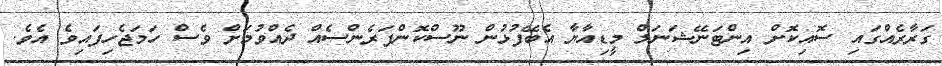
ގަރާރެއްގައި ސޮއިކޮށް އިންޓަނޭޝަނަލް މީޑިއާޔާ އެބޭފުޅުން ނޫސްކޮންފަރެންސެއް ދެއްވުމަށް ވެސް ހަމަޖެހިފައިވެ އެވެ.